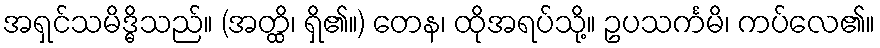
အရှင်သမိဒ္ဓိသည်။ (အတ္ထိ၊ ရှိ၏။) တေန၊ ထိုအရပ်သို့။ ဥပသင်္ကမိ၊ ကပ်လေ၏။